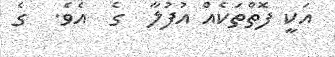
އަކީ ފޮތްތަކެއް އުފުލާ  ގެ  އެވެ.  ގެ